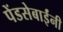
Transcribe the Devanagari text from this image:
पेंडसेबाईंनी